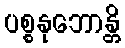
ပစ္စနုဘောန္တိ